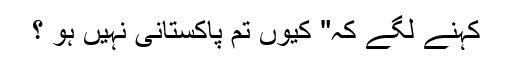
کہنے لگے کہ" کیوں تم پاکستانی نہیں ہو ؟